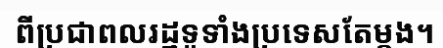
ពីប្រជាពលរដ្ឋទូទាំងប្រទេសតែម្តង។